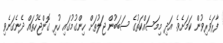
ފާރަވެރިވުން ކަމަށެވެ. އަދި މިމަސައްކަތުގެ ސަބަބުން ޖަލުތަށް ހިންގުމުގައި ހުރި ގޮންޖެހުތައް ދެނެގަނެވި